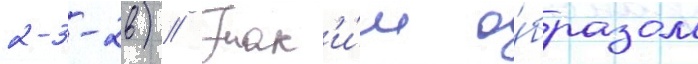
2-3-2в) // Так'и́м о́бразом